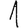
Digit: 1